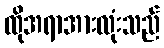
ထိုအရာအားလုံးသည်